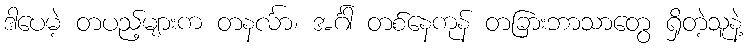
ဒါပေမဲ့ တပည့်များက တနင်္လာ၊ အင်္ဂါ တစ်နေကုန် တခြားဘာသာတွေ ရှိတဲ့သူနဲ့